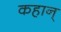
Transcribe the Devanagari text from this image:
कहान्